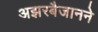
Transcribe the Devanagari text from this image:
अझरबैजानने